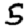
Digit: 5